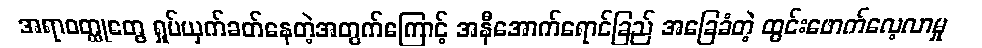
အရာဝတ္ထုတွေ ရှုပ်ယှက်ခတ်နေတဲ့အတွက်ကြောင့် အနီအောက်ရောင်ခြည် အခြေခံတဲ့ ထွင်းဖောက်လေ့လာမှု